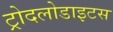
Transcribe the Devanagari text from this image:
ट्रोदलोडाइटस